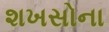
શખસોના